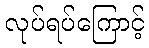
လုပ်ရပ်ကြောင့်